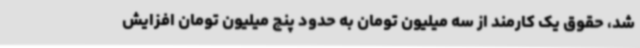
شد، حقوق یک کارمند از سه میلیون تومان به حدود پنج میلیون تومان افزایش